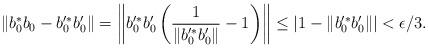
LaTeX: \begin{align*}\| b_0^\ast b_0 - b_0'^\ast b_0' \| = \left\| b_0'^\ast b_0' \left( \frac{1}{\| b_0'^\ast b_0'\|} - 1 \right) \right\| \leq | 1- \|b_0'^\ast b_0'\|| < \epsilon/3.\end{align*}